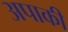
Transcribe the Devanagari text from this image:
अपाकी